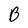
Character: B